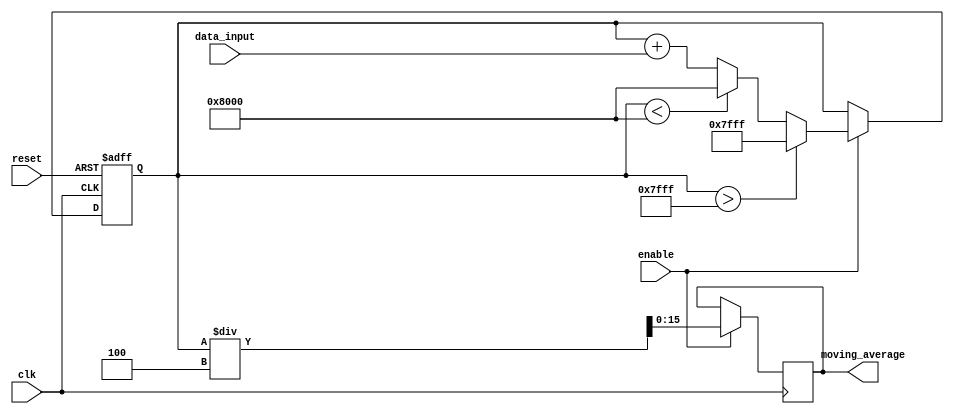
module moving_average_accumulator (
    input wire clk,
    input wire reset,
    input wire data_input,
    input wire enable,
    output reg [15:0] moving_average
);

parameter WINDOW_SIZE = 4; // Specify the window size for moving average calculation
reg [15:0] sum = 0; // Initialize sum accumulator

always @(posedge clk or posedge reset) begin
    if (reset) begin
        sum <= 0; // Reset accumulator on reset signal
    end else if (enable) begin
        sum <= sum + data_input; // Add new data input to sum accumulator
        if (sum > 16'd32767) begin
            sum <= 16'd32767; // Handle overflow condition
        end else if (sum < -16'd32768) begin
            sum <= -16'd32768; // Handle underflow condition
        end
    end
end

always @(posedge clk) begin
    if (enable) begin
        moving_average <= sum / WINDOW_SIZE; // Calculate moving average by dividing sum by window size
    end
end

endmodule